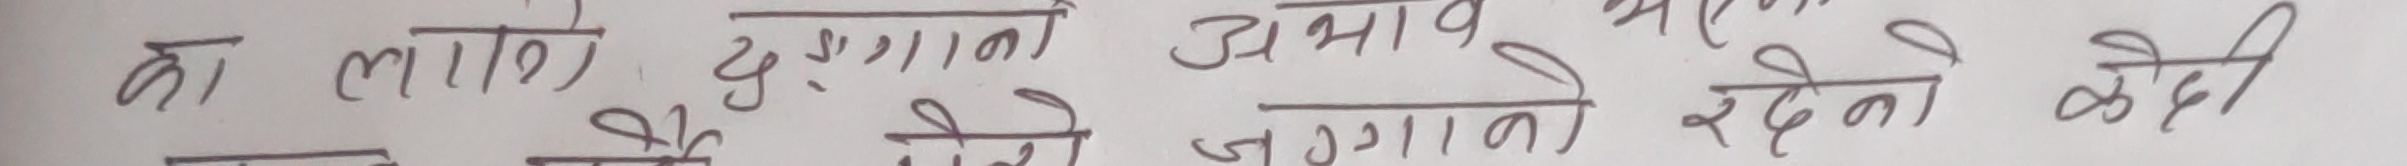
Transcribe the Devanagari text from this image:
का लागि दुर्गगनो अभाव भएकोले जगगाको रहदो कोही